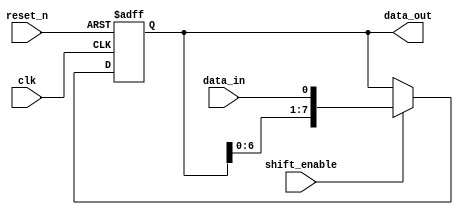
module shift_register (
    input wire clk,
    input wire reset_n,
    input wire data_in,
    input wire shift_enable,
    output reg [7:0] data_out
);

always @(posedge clk or negedge reset_n) begin
    if (~reset_n) begin
        // Active-low reset
        data_out <= 8'b0;
    end else if (shift_enable) begin
        // Shift data if shift_enable is asserted
        data_out <= {data_out[6:0], data_in};
    end
end

endmodule